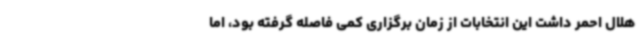
هلال احمر داشت این انتخابات از زمان برگزاری کمی فاصله گرفته بود، اما